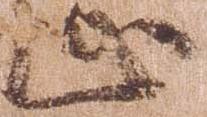
止